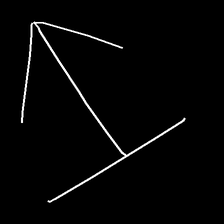
Glyph: levitation